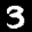
Label: 3